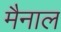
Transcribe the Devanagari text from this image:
मैनाल